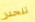
تنحدر